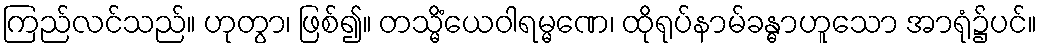
ကြည်လင်သည်။ ဟုတွာ၊ ဖြစ်၍။ တသ္မိံယေဝါရမ္မဏေ၊ ထိုရုပ်နာမ်ခန္ဓာဟူသော အာရုံ၌ပင်။